Annual report of the Imperial Bacteriologist
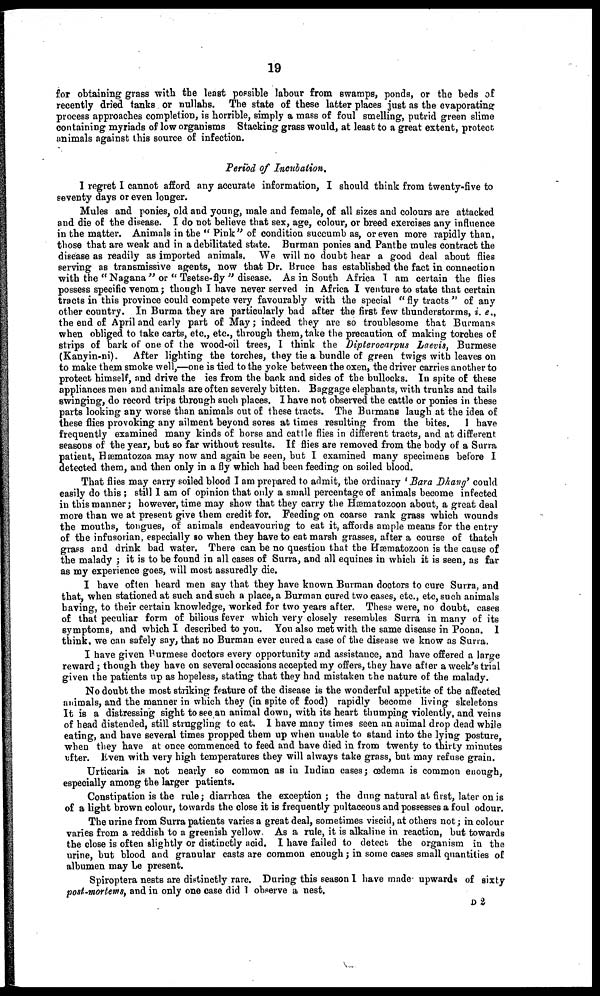
19
for obtaining grass with the least possible labour from swamps, ponds, or the beds of
recently dried tanks or nullahs. The state of these latter places just as the evaporating
process approaches completion, is horrible, simply a mass of foul smelling, putrid green slime
containing myriads of low organisms Stacking grass would, at least to a great extent, protect
animals against this source of infection.
Period of Incubation.
I regret I cannot afford any accurate information, I should think from twenty-five to
seventy days or even longer.
Mules and ponies, old and young, male and female, of all sizes and colours are attacked
and die of the disease. I do not believe that sex, age, colour, or breed exercises any influence
in the matter. Animals in the "Pink" of condition succumb as, or even more rapidly than,
those that are weak and in a debilitated state. Burman ponies and Panthe mules contract the
disease as readily as imported animals. We will no doubt hear a good deal about flies
serving as transmissive agents, now that Dr. Bruce has established the fact in connection
with the " Nagana " or " Tsetse-fly " disease. As in South Africa I am certain the flies
possess specific venom; though I have never served in Africa I venture to state that certain
tracts in this province could compete very favourably with the special " fly tracts " of any
other country. In Burma they are particularly bad after the first few thunderstorms, i. e.,
the end of April and early part of May; indeed they are so troublesome that Burmans
when obliged to take carts, etc., etc., through them, take the precaution of making torches of
strips of bark of one of the wood-oil trees, I think the Dipterocarpus Laevis, Burmese
(Kanyin-ni). After lighting the torches, they tie a bundle of green twigs with leaves on
to make them smoke well,—one is tied to the yoke between the oxen, the driver carries another to
protect himself, and drive the ies from the back and sides of the bullocks. In spite of these
appliances men and animals are often severely bitten. Baggage elephants, with trunks and tails
swinging, do record trips through such places. I have not observed the cattle or ponies in these
parts looking any worse than animals out of these tracts. The Burmans laugh at the idea of
these flies provoking any ailment beyond sores at times resulting from the bites. I have
frequently examined many kinds of horse and cattle flies in different tracts, and at different
seasons of the year, but so far without results. If flies are removed from the body of a Surra
patient, Hæmatozoa may now and again be seen, but I examined many specimens before I
detected them, and then only in a fly which had been feeding on soiled blood.
That flies may carry soiled blood I am prepared to admit, the ordinary 'Bara Dhang' could
easily do this ; still I am of opinion that only a small percentage of animals become infected
in this manner; however, time may show that they carry the Hæmatozoon about, a great deal
more than we at present give them credit for. Feeding on coarse rank grass which wounds
the mouths, tongues, of animals endeavouring to eat it, affords ample means for the entry
of the infusorian, especially so when they have to eat marsh grasses, after a course of thatch
grass and drink bad water. There can be no question that the Hæmatozoon is the cause of
the malady ; it is to be found in all cases of Surra, and all equines in which it is seen, as far
as my experience goes, will most assuredly die.
I have often heard men say that they have known Burman doctors to cure Surra, and
that, when stationed at such and such a place, a Burman cured two cases, etc., etc, such animals
having, to their certain knowledge, worked for two years after. These were, no doubt, cases
of that peculiar form of bilious fever which very closely resembles Surra in many of its
symptoms, and which I described to you. You also met with the same disease in Poona. I
think, we can safely say, that no Burman ever cured a case of the disease we know as Surra.
I have given Burmese doctors every opportunity and assistance, and have offered a large
reward; though they have on several occasions accepted my offers, they have after a week's trial
given the patients up as hopeless, stating that they had mistaken the nature of the malady.
No doubt the most striking feature of the disease is the wonderful appetite of the affected
animals, and the manner in which they (in spite of food) rapidly become living skeletons
It is a distressing sight to see an animal down, with its heart thumping violently, and veins
of head distended, still struggling to eat. I have many times seen an animal drop dead while
eating, and have several times propped them up when unable to stand into the lying posture,
when they have at once commenced to feed and have died in from twenty to thirty minutes
after. Even with very high temperatures they will always take grass, but may refuse grain.
Urticaria is not nearly so common as in Indian cases; œdema is common enough,
especially among the larger patients.
Constipation is the rule; diarrhœa the exception; the dung natural at first, later on is
of a light brown colour, towards the close it is frequently pultaceous and possesses a foul odour.
The urine from Surra patients varies a great deal, sometimes viscid, at others not; in colour
varies from a reddish to a greenish yellow. As a rule, it is alkaline in reaction, but towards
the close is often slightly or distinctly acid. I have failed to detect the organism in the
urine, but blood and granular casts are common enough; in some cases small quantities of
albumen may be present.
Spiroptera nests are distinctly rare. During this season I have made upwards of sixty
post-mortems, and in only one case did I observe a nest.